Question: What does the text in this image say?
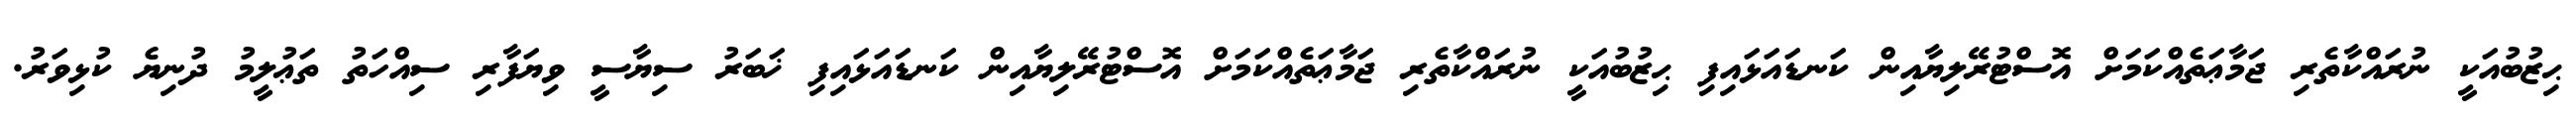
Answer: ޙިޒުބުއަކީ ނުރައްކާތެރި ޖަމާޢަތެއްކަމަށް އޮސްޓުރޭލިޔާއިން ކަނޑައަޅައިފި ޙިޒުބުއަކީ ނުރައްކާތެރި ޖަމާޢަތެއްކަމަށް އޮސްޓުރޭލިޔާއިން ކަނޑައަޅައިފި ޚަބަރު ސިޔާސީ ވިޔަފާރި ސިއްހަތު ތަޢުލީމު ދުނިޔެ ކުޅިވަރު.